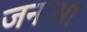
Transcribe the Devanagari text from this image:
जनाआ